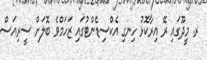
ރ. މީދޫގައި ރޭ އިރާކޮޅު ހިނގި އެކްސިޑެންޓުގައި ޒަހަމްވެ ބޮލަށް ސީރިއަސް